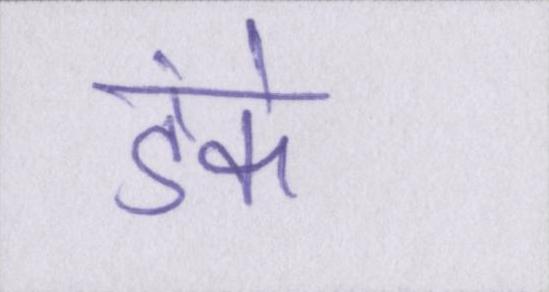
डंके